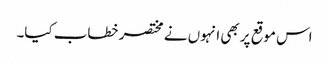
اس موقع پر بھی انہوں نے مختصر خطاب کیا۔